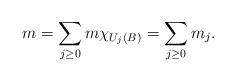
LaTeX: \begin{align*}m =\sum_{j\ge 0} m \chi_{U_j(B)} = \sum_{j\ge 0}m_j.\end{align*}